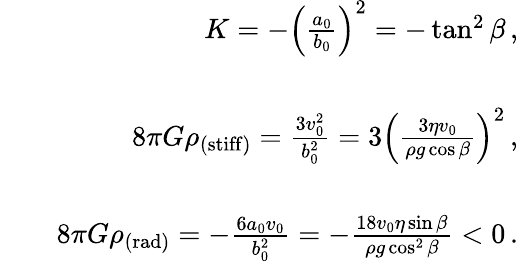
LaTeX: \begin{array}{rlr}&{}&{K=-\left(\frac{a_{0}}{b_{0}}\right)^{2}=-\tan^{2}\beta\, ,}\\ &{}&\\ &{}&{8\pi G\rho_{\mathrm{(stiff)}}=\frac{3v_{0}^{2}}{b_{0}^{2}}=3\left(\frac{3\eta v_{0}}{\rho g\cos\beta}\right)^{2}\, ,}\\ &{}&\\ &{}&{8\pi G\rho_{\mathrm{(rad)}}=-\frac{6a_{0}v_{0}}{b_{0}^{2}}=-\frac{18v_{0}\eta\sin\beta}{\rho g\cos^{2}\beta}<0\, .}\end{array}